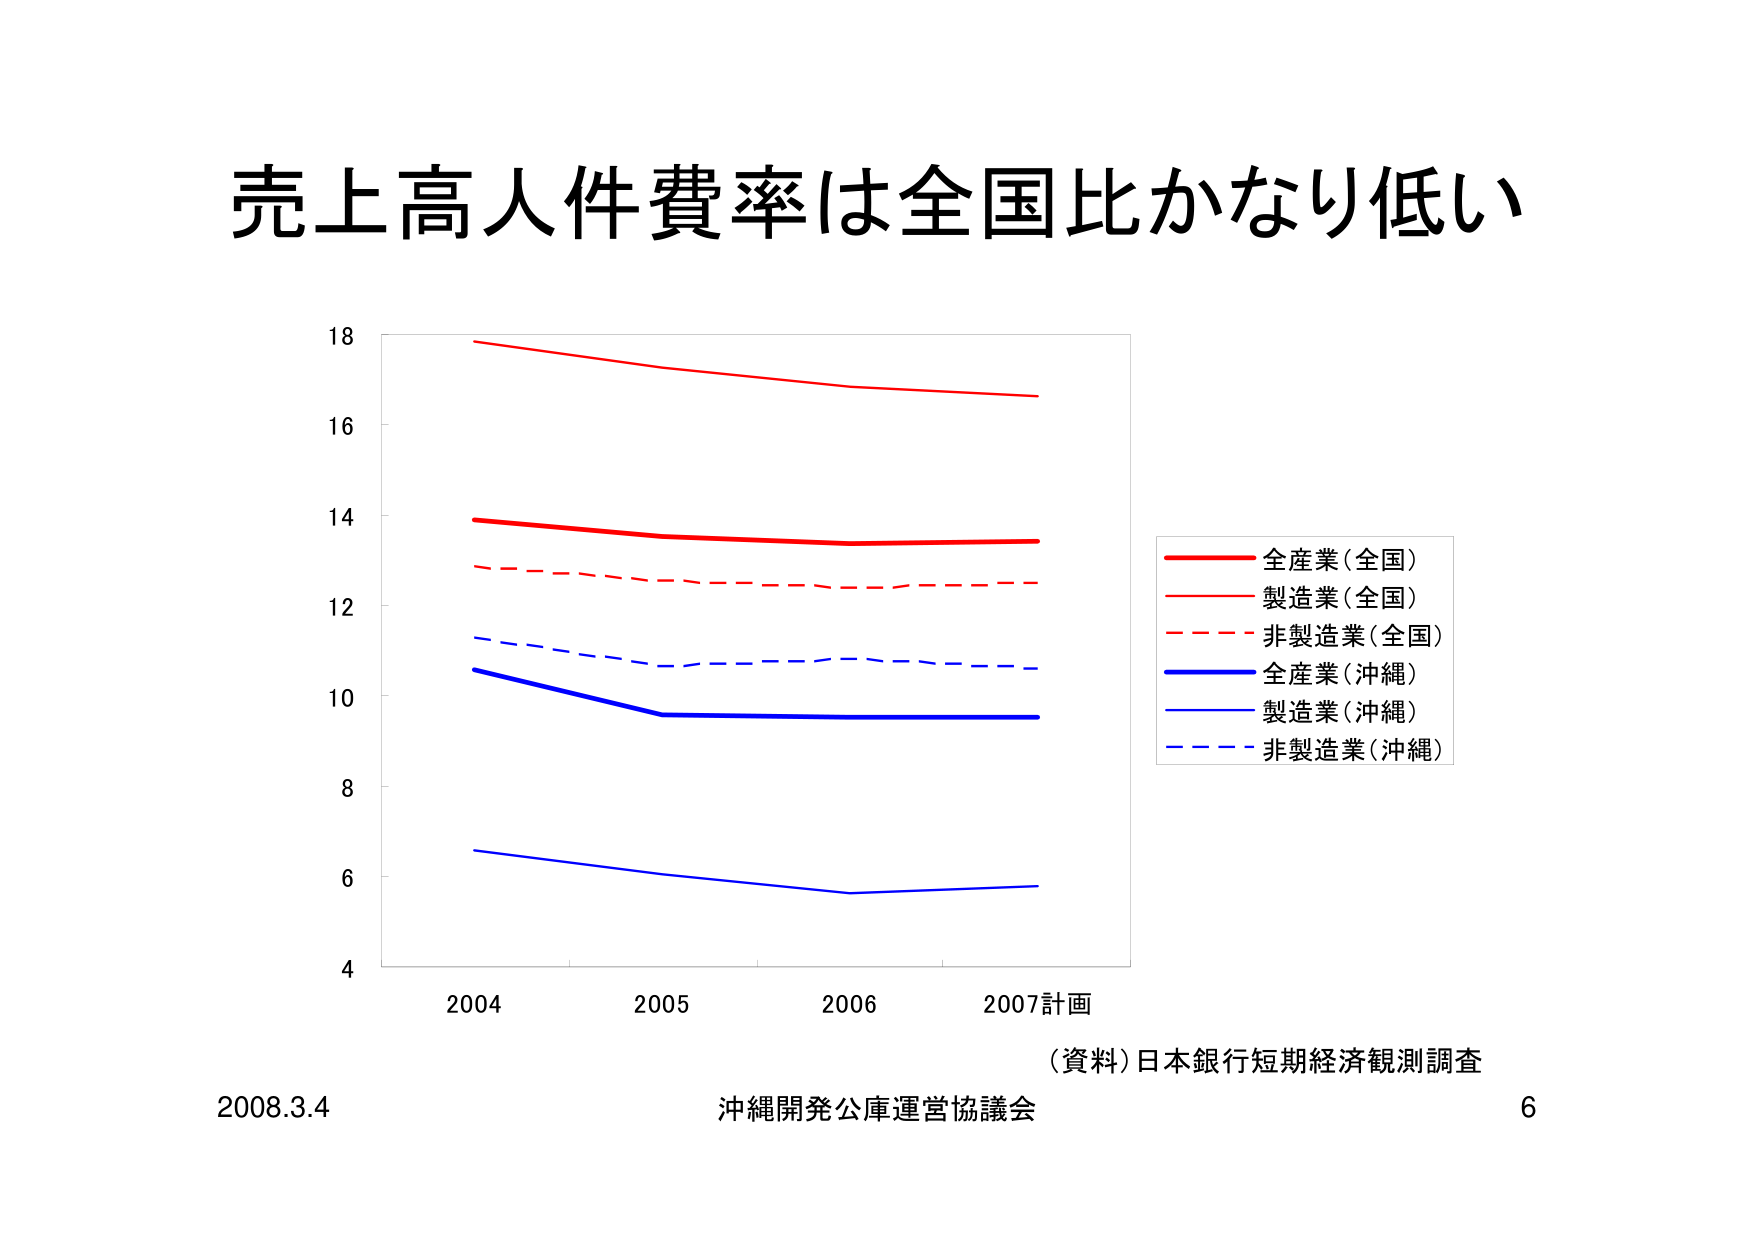
売上高人件費率は全国比かなり低い

18
16
14
12
10
8
6
4

2004    2005    2006    2007計画

全産業（全国）
製造業（全国）
非製造業（全国）
全産業（沖縄）
製造業（沖縄）
非製造業（沖縄）

（資料）日本銀行短期経済観測調査

2008.3.4    沖縄開発公庫運営協議会    6